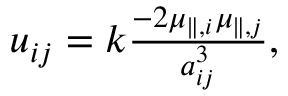
\begin{array} { r } { u _ { i j } = k \frac { - 2 \mu _ { \parallel , i } \mu _ { \parallel , j } } { a _ { i j } ^ { 3 } } , } \end{array}